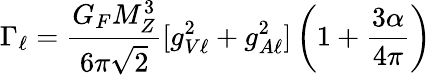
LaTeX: \Gamma_{\ell}=\frac{G_{F}M_{Z}^{3}}{6\pi\sqrt{2}}[g_{V\ell}^{2}+g_{A\ell}^{2}]\left(1+\frac{3\alpha}{4\pi}\right)